Civil Veterinary Department ledger series I-VI
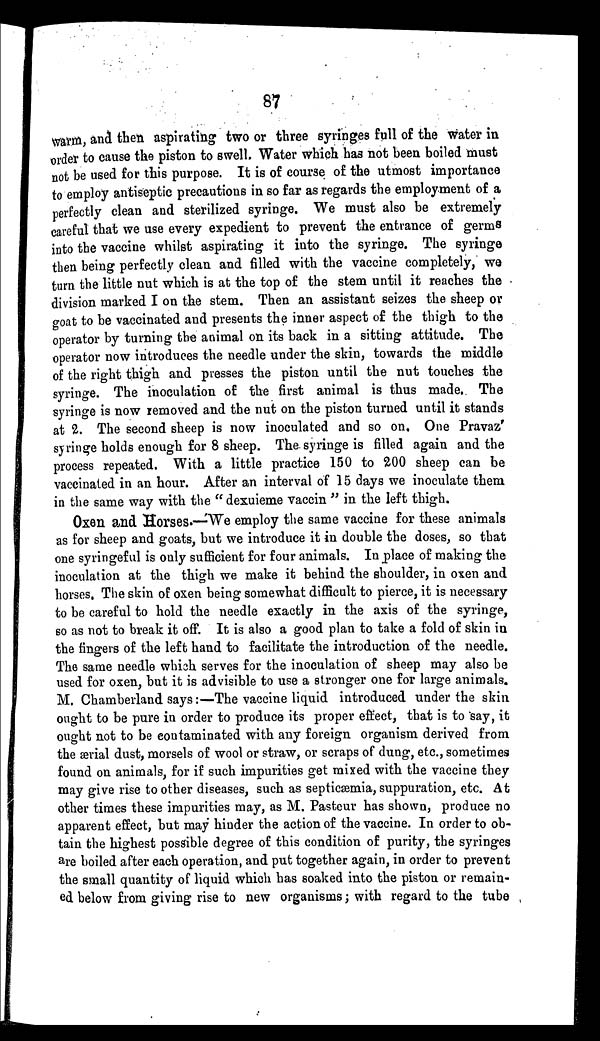
87
warm, and then aspirating two or three syringes full of the water in
order to cause the piston to swell. Water which has not been boiled must
not be used for this purpose. It is of course of the utmost importance
to employ antiseptic precautions in so far as regards the employment of a
perfectly clean and sterilized syringe. We must also be extremely
careful that we use every expedient to prevent the entrance of germs
into the vaccine whilst aspirating it into the syringe. The syringe
then being perfectly clean and filled with the vaccine completely, we
turn the little nut which is at the top of the stem until it reaches the
division marked I on the stem. Then an assistant seizes the sheep or
goat to be vaccinated and presents the inner aspect of the thigh to the
operator by turning the animal on its back in a sitting attitude. The
operator now introduces the needle under the skin, towards the middle
of the right thigh and presses the piston until the nut touches the
syringe. The inoculation of the first animal is thus made. The
syringe is now removed and the nut on the piston turned until it stands
at 2. The second sheep is now inoculated and so on. One Pravaz'
syringe holds enough for 8 sheep. The syringe is filled again and the
process repeated. With a little practice 150 to 200 sheep can be
vaccinated in an hour. After an interval of 15 days we inoculate them
in the same way with the " dexuieme vaccin " in the left thigh.
Oxen and Horses.—We employ the same vaccine for these animals
as for sheep and goats, but we introduce it in double the doses, so that
one syringeful is only sufficient for four animals. In place of making the
inoculation at the thigh we make it behind the shoulder, in oxen and
horses. The skin of oxen being somewhat difficult to pierce, it is necessary
to be careful to hold the needle exactly in the axis of the syringe,
so as not to break it off. It is also a good plan to take a fold of skin in
the fingers of the left hand to facilitate the introduction of the needle.
The same needle which serves for the inoculation of sheep may also be
used for oxen, but it is advisible to use a stronger one for large animals.
M. Chamberland says:—The vaccine liquid introduced under the skin
ought to be pure in order to produce its proper effect, that is to say, it
ought not to be contaminated with any foreign organism derived from
the serial dust, morsels of wool or straw, or scraps of dung, etc., sometimes
found on animals, for if such impurities get mixed with the vaccine they
may give rise to other diseases, such as septicæmia, suppuration, etc. At
other times these impurities may, as M. Pasteur has shown, produce no
apparent effect, but may hinder the action of the vaccine. In order to ob-
tain the highest possible degree of this condition of purity, the syringes
are boiled after each operation, and put together again, in order to prevent
the small quantity of liquid which has soaked into the piston or remain-
ed below from giving rise to new organisms; with regard to the tube